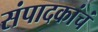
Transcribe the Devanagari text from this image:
संपादकांचं